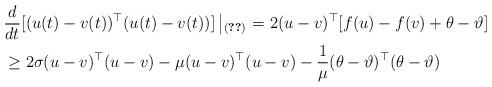
LaTeX: \begin{align*}&\frac{d}{dt}[(u(t)-v(t))^{\top}(u(t)-v(t))]\left|_{(\ref{r2})}\right.=2(u-v)^{\top}[f(u)-f(v)+\theta-\vartheta]\\&\ge{2\sigma}(u-v)^{\top}(u-v)-\mu (u-v)^{\top}(u-v)-\frac{1}{\mu}(\theta-\vartheta)^{\top}(\theta-\vartheta)\end{align*}